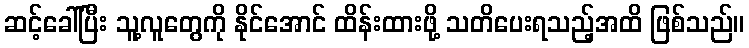
ဆင့်ခေါ်ပြီး သူ့လူတွေကို နိုင်အောင် ထိန်းထားဖို့ သတိပေးရသည့်အထိ ဖြစ်သည်။